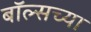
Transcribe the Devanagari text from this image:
बॉल्सच्या